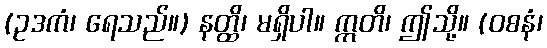
(ဥဒကံ၊ ရေသည်။) နတ္ထိ၊ မရှိပါ။ ဣတိ၊ ဤသို့။ (ဝစနံ၊